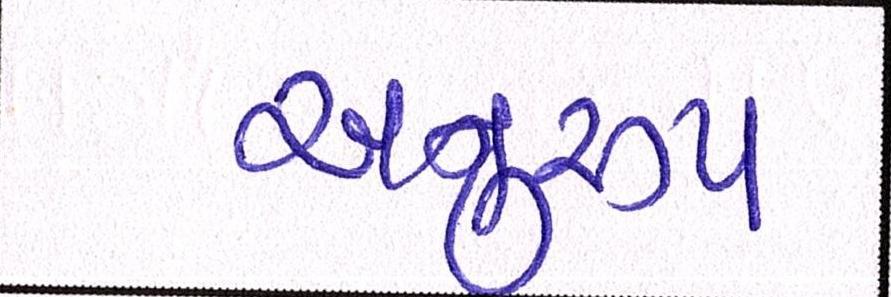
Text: અનુરૃપ